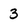
Character: 3